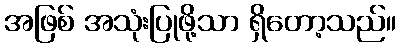
အဖြစ် အသုံးပြုဖို့သာ ရှိတော့သည်။